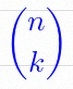
\binom{n}{k}